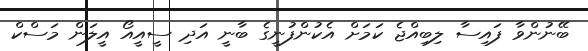
ބޭނުންވާ ފައިސާ ލިބިއްޖެ ކަމަށް އެކުންފުނީގެ ބާނީ އަދި ސީއީއޯ އީލަން މަސްކް